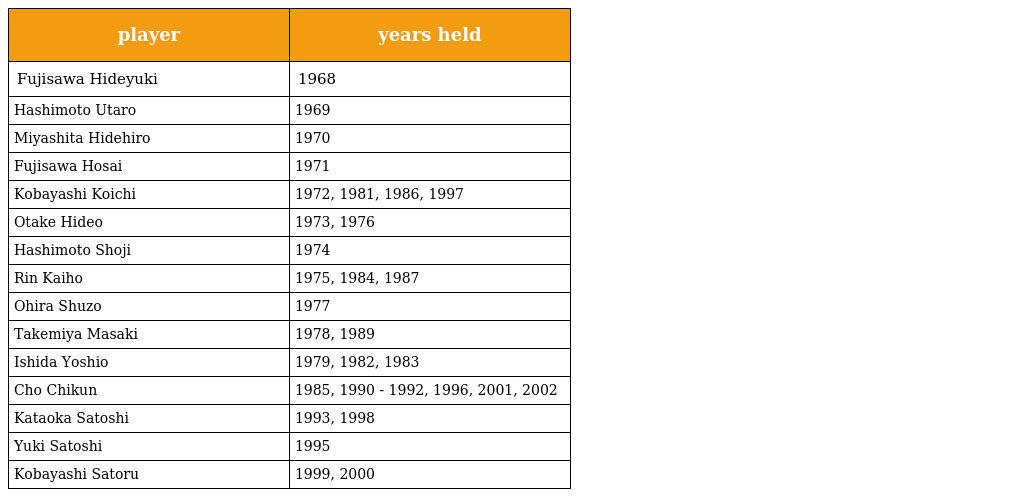
| player | years held |
 | --- | --- |
 | Fujisawa Hideyuki | 1968 |
 | Hashimoto Utaro | 1969 |
 | Miyashita Hidehiro | 1970 |
 | Fujisawa Hosai | 1971 |
 | Kobayashi Koichi | 1972, 1981, 1986, 1997 |
 | Otake Hideo | 1973, 1976 |
 | Hashimoto Shoji | 1974 |
 | Rin Kaiho | 1975, 1984, 1987 |
 | Ohira Shuzo | 1977 |
 | Takemiya Masaki | 1978, 1989 |
 | Ishida Yoshio | 1979, 1982, 1983 |
 | Cho Chikun | 1985, 1990 - 1992, 1996, 2001, 2002 |
 | Kataoka Satoshi | 1993, 1998 |
 | Yuki Satoshi | 1995 |
 | Kobayashi Satoru | 1999, 2000 |